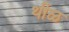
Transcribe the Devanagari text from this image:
थीळ